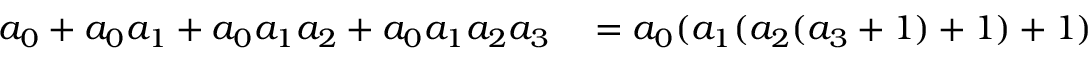
\begin{array} { r l } { a _ { 0 } + a _ { 0 } a _ { 1 } + a _ { 0 } a _ { 1 } a _ { 2 } + a _ { 0 } a _ { 1 } a _ { 2 } a _ { 3 } } & { { } = a _ { 0 } ( a _ { 1 } ( a _ { 2 } ( a _ { 3 } + 1 ) + 1 ) + 1 ) } \end{array}